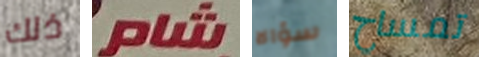
ذلك شام سؤالا تمساح